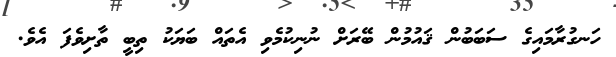
ހަނގުރާމައިގެ ސަބަބުން ޤައުމުން ބޭރަށް ނުނިކުމެވި އެތައް ބަޔަކު ތިބީ ތާށިވެފަ އެވެ.